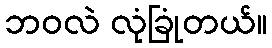
ဘဝလဲ လုံခြုံတယ်။